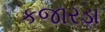
કજારડા